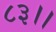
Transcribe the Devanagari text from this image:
८३।।